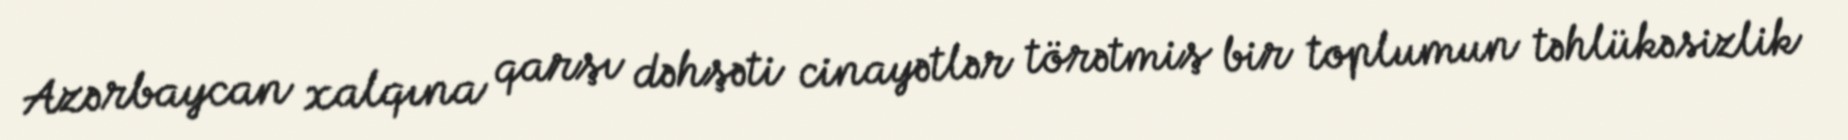
Azərbaycan xalqına qarşı dəhşəti cinayətlər törətmiş bir toplumun təhlükəsizlik